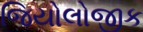
જિયોલોજીક